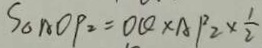
S _ { \Delta A O P _ { 2 } } = O Q \times A P _ { 2 } \times \frac { 1 } { 2 }